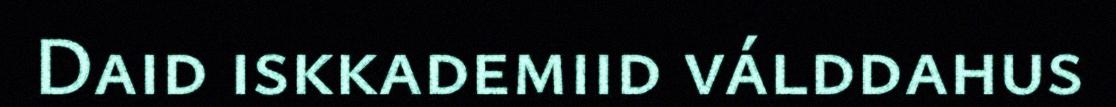
Daid iskkademiid válddahus